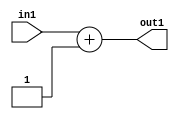
`timescale 1ps / 1ps
/*****************************************************************************
    Verilog RTL Description
    
    
    Created by: Stratus DpOpt 21.05.01 
*******************************************************************************/

module SobelFilter_Add_6U_58_4 (
	in1,
	out1
	); /* architecture "behavioural" */ 
input [5:0] in1;
output [5:0] out1;
wire [5:0] asc001;

assign asc001 = 
	+(in1)
	+(6'B000001);

assign out1 = asc001;
endmodule

/* CADENCE  urj5Tgo= : u9/ySxbfrwZIxEzHVQQV8Q== ** DO NOT EDIT THIS LINE ******/